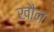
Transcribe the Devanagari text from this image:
खौन